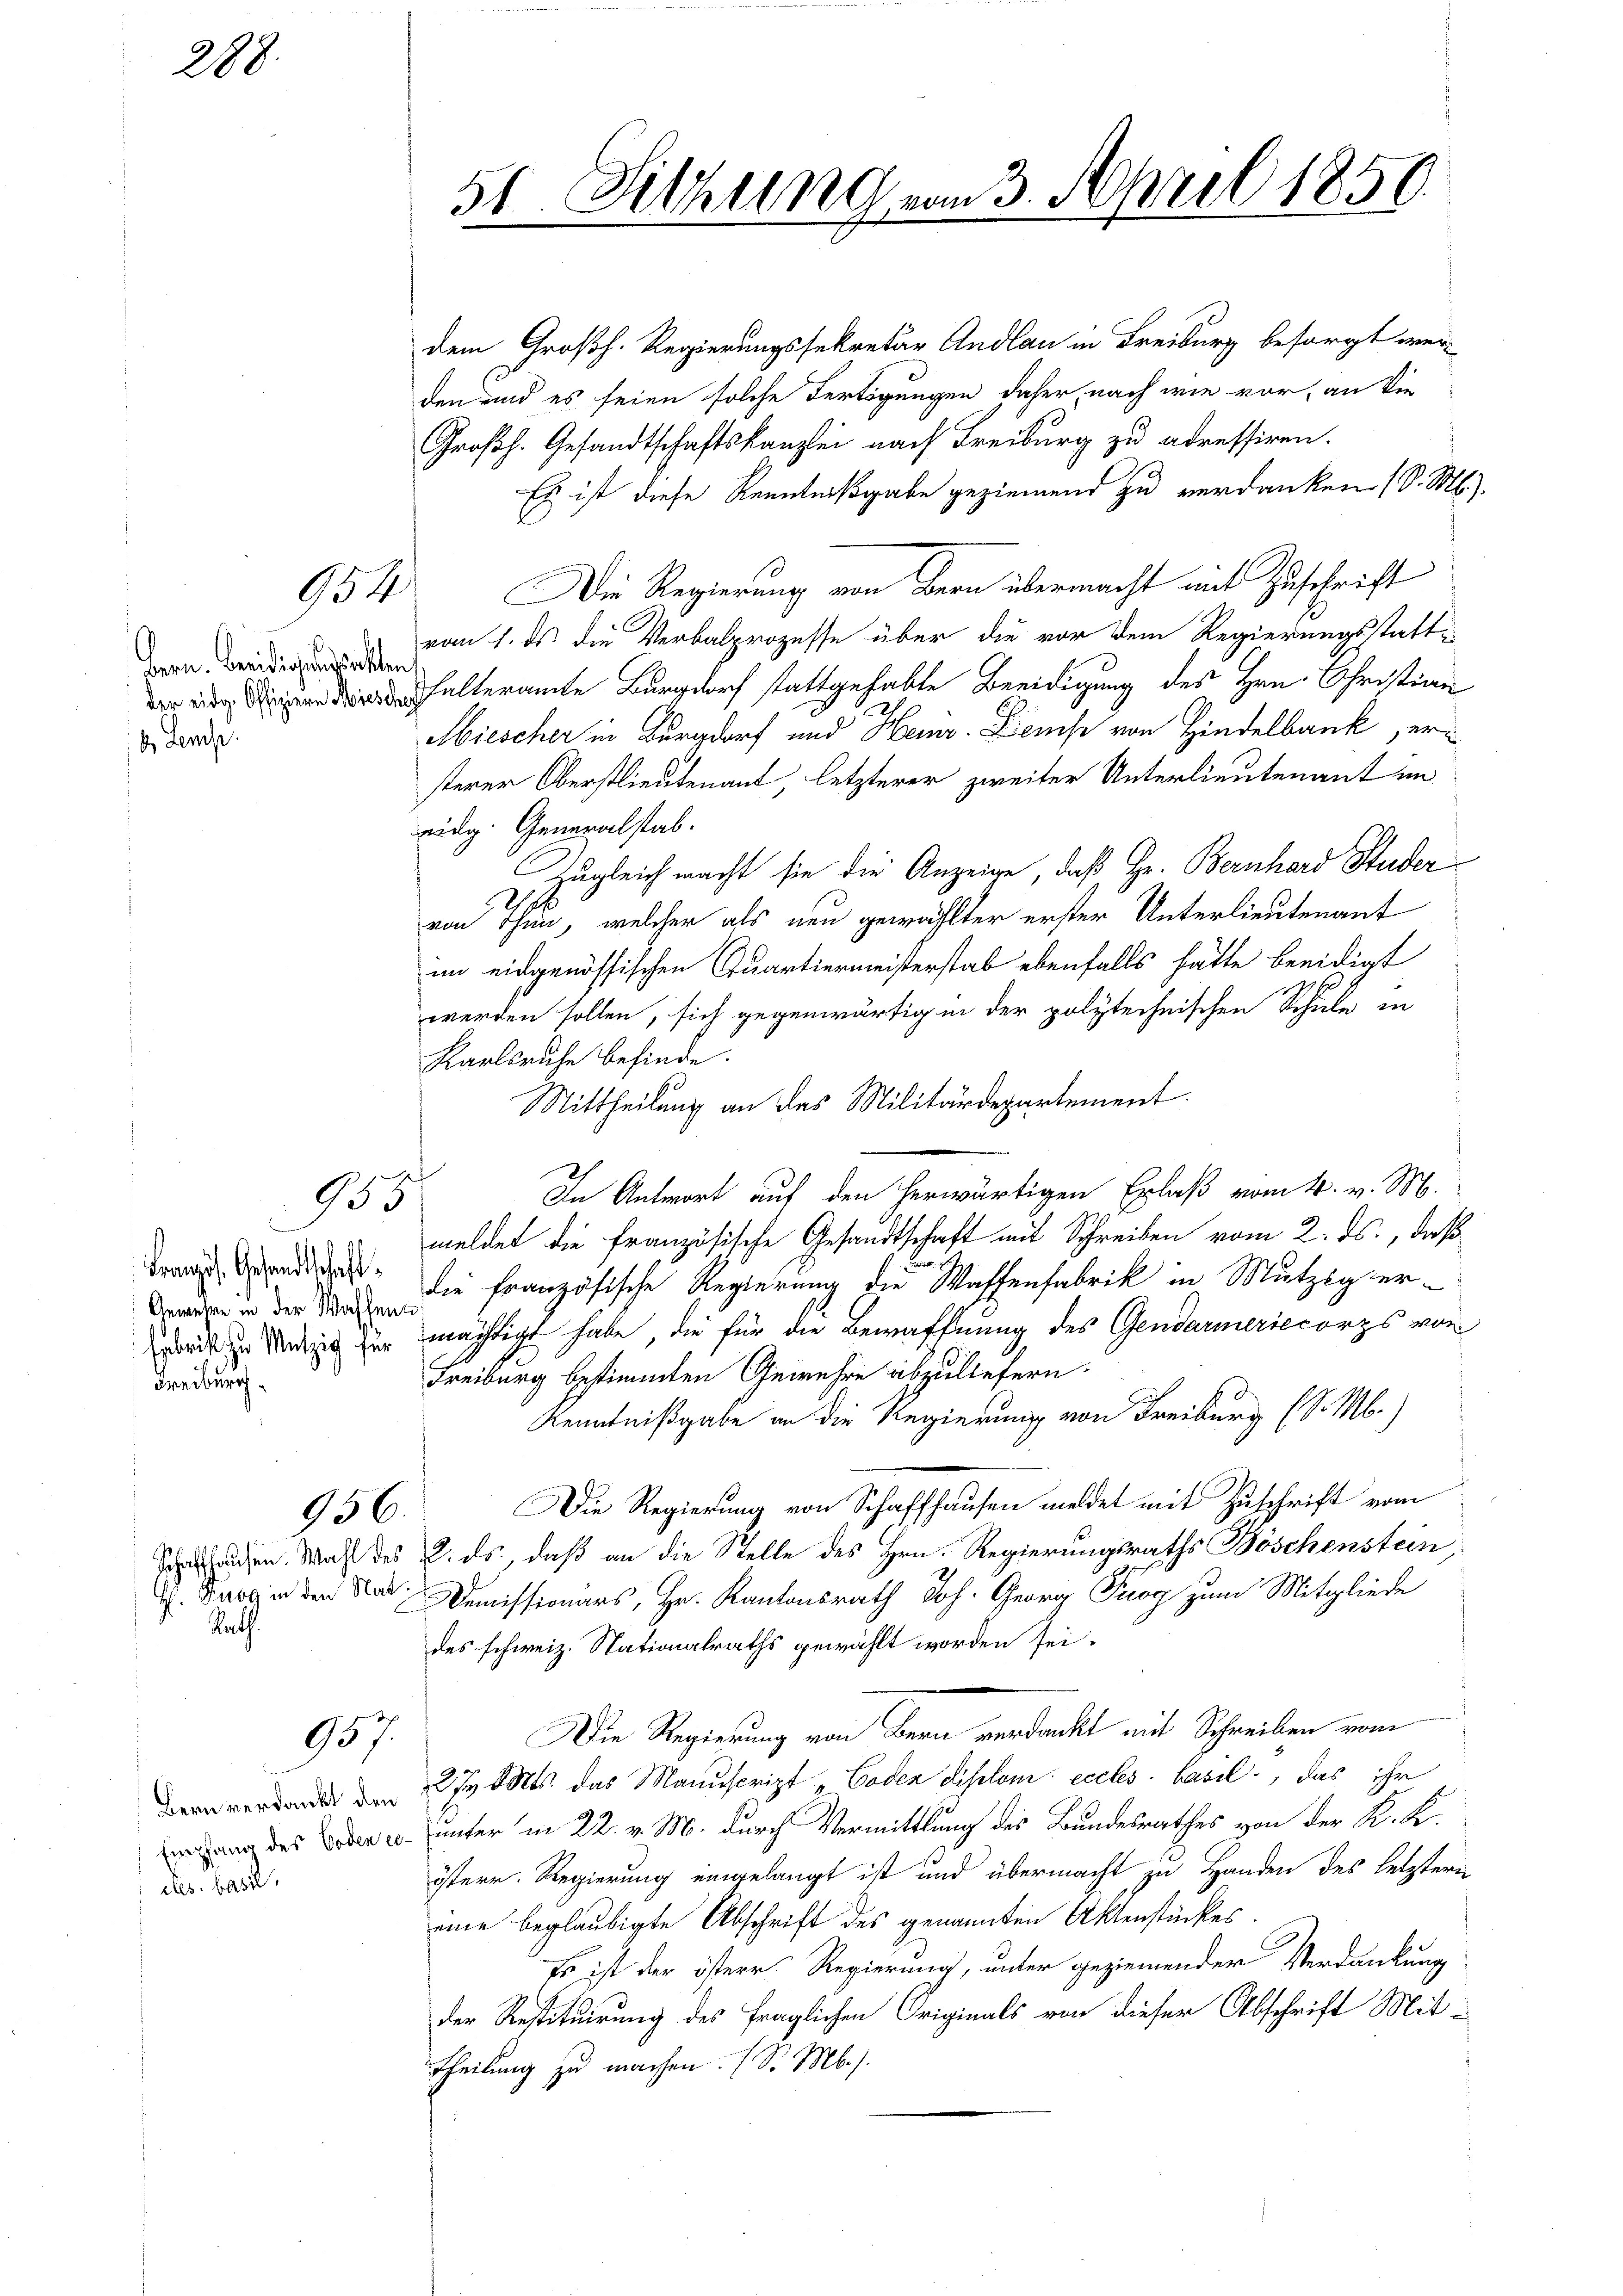
288.

bern. Beeidigungsunckten
d emp

Französ. Gesandtschaft
Anwahre in der Waffent
Freiburg

Rath.

eles. Basel,

154

955

956.

957.

dem Großh. Regierungssekretär Andlau in Freiburg besorgt werden und es seien solche Fertigungen daher, nach wie vor, an die
Großh. Gesandtschaftskanzlei nach Freiburg zu adressiren.
Es ist diese Kenntnißgabe geziemend zu verdanken (S. M.
Die Regierung von Bern übermacht mit Zuschrift
vom 1. ds die Verbalprozesse über die vor dem Regierungsstatthalteramte Burgdorf stattgehabte Beeidigung des Hrn. Christian
Miescher in Burgdorf und Heinr. Lieuse von Hindelbank, ersterer Oberstlieutenant, letzterer zweiter Unterlieutenant im
eidg. Generalstab.
Zugleich macht sie die Anzeige, daß Hr. Bernhard Studer
S
von Thun, welcher als neu gewählter erster Unterlieutenant
im eidgenössischen Quartiermeisterstab ebenfalls hätte beeidigt
werden sollen, sich gegenwärtig in der polytechnischen Schule in
Karlsruhe befinde.
Mittheilung an das Militärdepartement.
In Antwort auf den herwärtigen Erlaß vom 4. v. M.
meldet die französische Gesandtschaft mit Schreiben vom 2. ds., daß
die französische Regierung die Waffenfabrik in Mutzig errit in Menzig zu mächtigt habe, die für die Bewaffnung des Gendarmeriecorps von
Freiburg bestimmten Gewehre abzuliefern.
Kenntnißgabe an die Regierung von Freiburg (S. M.)
Die Regierung von Schaffhausen meldet mit Zuschrift vom
Scheleuchen. Wahl des 2. ds., daß an die Stelle des Hrn. Regierungsraths Böschenstein,
. Das in den Rat Demissionars, Hr. Kantonsrath Joh. Georg Trog zum Mitgliede
des schweiz. Stationalraths gewählt worden sei.
Die Regierung von Bern verdacht mit Schreiben vom
nverdankt am 27. Mts. das Manuscript „Coden diplom eccles bail, das ihr
gang des oder u. unter in 22. v. M. durch Vermittlung des Bundesrathes von der K. K.
österr. Regierung eingelangt ist und übermacht zu Handen des letztern
eine beglaubigte Abschrift des genannten Aktenstückes.
Es ist der österr Regierung, unter geziemender Verdankung
der Restituirung des fraglichen Originals von dieser Abschrift Mit-
Theilung zu machen. (S. M.

51 Fithung vom 3. April 1850.